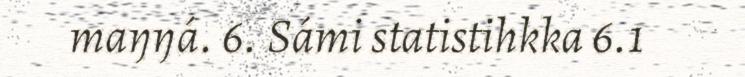
maŋŋá. 6. Sámi statistihkka 6.1